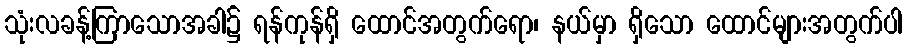
သုံးလခန့်ကြာသောအခါ၌ ရန်ကုန်ရှိ ထောင်အတွက်ရော၊ နယ်မှာ ရှိသော ထောင်များအတွက်ပါ